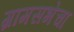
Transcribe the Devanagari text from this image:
ग्रामसभेचा